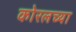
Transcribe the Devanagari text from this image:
कोरलच्या